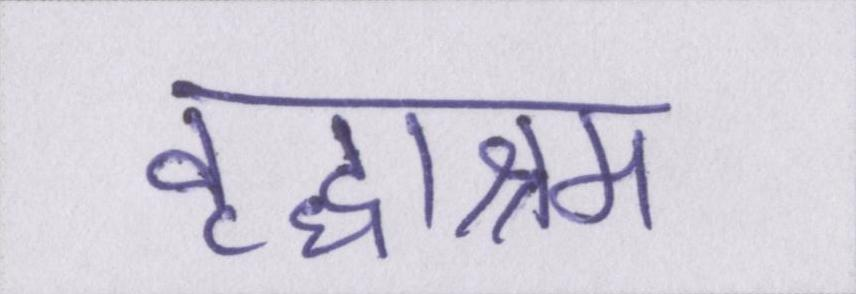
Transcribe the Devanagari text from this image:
वृद्धाश्रम